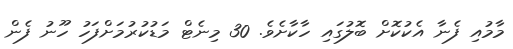
މާމުއި ފެނާ އެކުކޮށް ބޮލުގައި ހާކާށެވެ. 30 މިނެޓް މަޑުކުރުމަށްފަހު ހޫނު ފެން